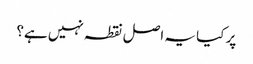
پر کیا یہ اصل نقطہ نہیں ہے؟